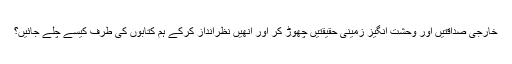
خارجی صداقتیں اور وحشت انگیز زمینی حقیقتیں چھوڑ کر اور انھیں نظرانداز کرکے ہم کتابوں کی طرف کیسے چلے جائیں؟